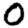
Digit: 0